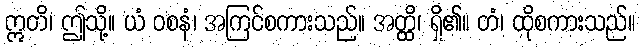
ဣတိ၊ ဤသို့။ ယံ ဝစနံ၊ အကြင်စကားသည်။ အတ္ထိ၊ ရှိ၏။ တံ၊ ထိုစကားသည်။